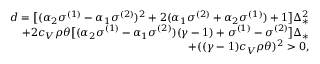
\begin{array} { r } { d = \big [ ( \alpha _ { 2 } \sigma ^ { ( 1 ) } - \alpha _ { 1 } \sigma ^ { ( 2 ) } ) ^ { 2 } + 2 ( \alpha _ { 1 } \sigma ^ { ( 2 ) } + \alpha _ { 2 } \sigma ^ { ( 1 ) } ) + 1 \big ] \Delta _ { * } ^ { 2 } } \\ { + 2 c _ { V } \rho \theta \big [ ( \alpha _ { 2 } \sigma ^ { ( 1 ) } - \alpha _ { 1 } \sigma ^ { ( 2 ) } ) ( \gamma - 1 ) + \sigma ^ { ( 1 ) } - \sigma ^ { ( 2 ) } \big ] \Delta _ { * } } \\ { + ( ( \gamma - 1 ) c _ { V } \rho \theta ) ^ { 2 } > 0 , } \end{array}